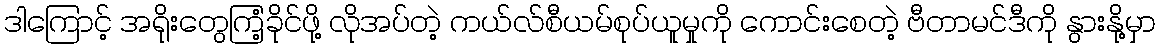
ဒါကြောင့် အရိုးတွေကြံ့ခိုင်ဖို့ လိုအပ်တဲ့ ကယ်လ်စီယမ်စုပ်ယူမှုကို ကောင်းစေတဲ့ ဗီတာမင်ဒီကို နွားနို့မှာ